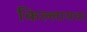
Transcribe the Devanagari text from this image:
किल्लायचा